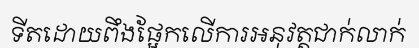
ទីតដោយពឹងផ្អែកលើការអនុវត្តជាក់លាក់